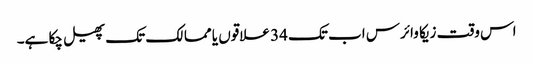
اس وقت زیکا وائرس اب تک 34 علاقوں یا ممالک تک پھیل چکا ہے۔